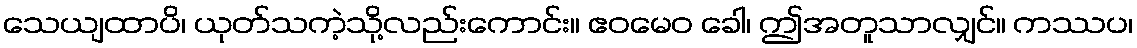
သေယျထာပိ၊ ယုတ်သကဲ့သို့လည်းကောင်း။ ဧဝမေဝ ခေါ၊ ဤအတူသာလျှင်။ ကဿပ၊